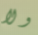
ولا